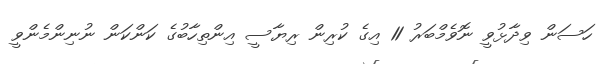
ހަސަން ވިދާޅުވީ ނޮވެމްބަރު 11 އިގެ ކުރިން ރިޔާސީ އިންތިހާބުގެ ކަންކަން ނުނިންމެންވީ